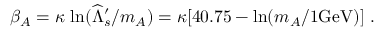
\beta _ { A } = \kappa \, \ln ( \widehat \Lambda _ { s } ^ { \prime } / m _ { A } ) = \kappa [ 4 0 . 7 5 - \ln ( m _ { A } / 1 \mathrm { { G e V } ) ] \ . }